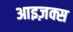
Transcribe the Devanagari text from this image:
आइज़क्स